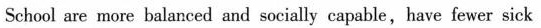
School are more balanced and socially capable,have fewer sick